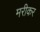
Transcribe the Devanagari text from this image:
मरीकर